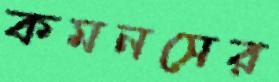
কমনসের